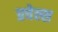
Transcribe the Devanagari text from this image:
प्रचेल्स